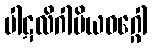
ပါဋလိဂါမိယဝဂ္ဂေါ